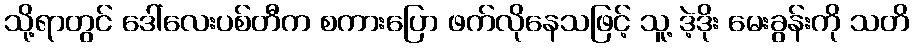
သို့ရာတွင် ဒေါ်လေးပစ်တီက စကားပြော ဖက်လိုနေသဖြင့် သူ့ ဒဲ့ဒိုး မေးခွန်းကို သတိ